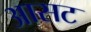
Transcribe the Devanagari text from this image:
आसट